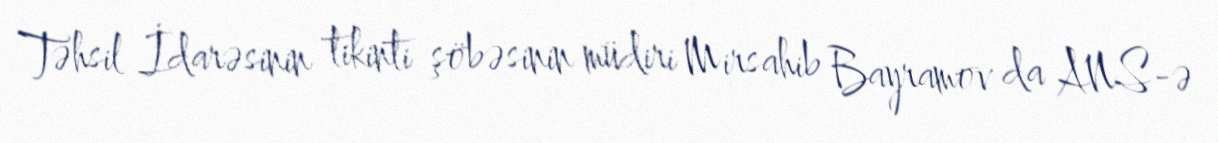
Təhsil İdarəsinin tikinti şöbəsinin müdiri Mirsahib Bayramov da ANS-ə